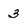
Character: 3